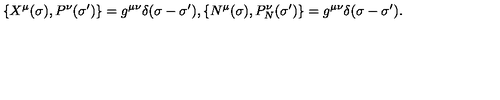
\{ X ^ { \mu } ( \sigma ) , P ^ { \nu } ( \sigma ^ { \prime } ) \} = g ^ { \mu \nu } \delta ( \sigma - \sigma ^ { \prime } ) , \{ N ^ { \mu } ( \sigma ) , P _ { N } ^ { \nu } ( \sigma ^ { \prime } ) \} = g ^ { \mu \nu } \delta ( \sigma - \sigma ^ { \prime } ) .